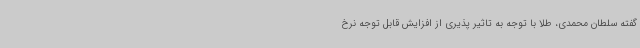
گفته سلطان محمدی، طلا با توجه به تاثیر پذیری از افزایش قابل توجه نرخ